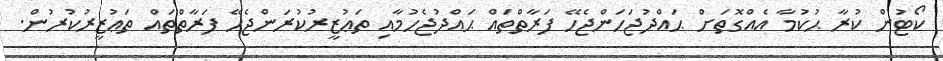
ކޯޓުން ކުރާ ޙުކުމާ އެއްގޮތަށް ޙައްދުޖަހަންޖެހޭ ފަރާތްތައް ޙައްދުޖެހުމާއި ތަޢުޒީރުކުރަންޖެހޭ ފަރާތްތައް ތަޢުޒީރުކުރުން.